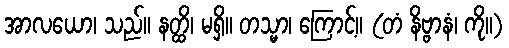
အာလယော၊ သည်။ နတ္ထိ၊ မရှိ။ တသ္မာ၊ ကြောင့်။ (တံ နိဗ္ဗာနံ၊ ကို။)